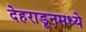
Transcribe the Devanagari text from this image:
देहराडूनमध्ये